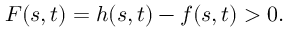
F ( s , t ) = h ( s , t ) - f ( s , t ) > 0 .